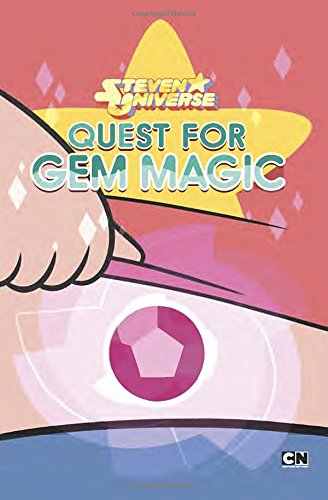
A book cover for Quest for Gem Magic (Steven Universe); Max Brallier; Children's Books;